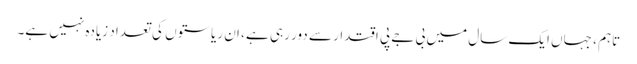
تاہم ، جہاں ایک سال میں بی جے پی اقتدار سے دور رہی ہے ، ان ریاستوں کی تعداد زیادہ نہیں ہے۔